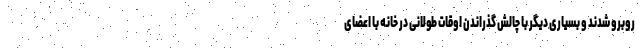
روبرو شدند و بسیاری دیگر با چالش گذراندن اوقات طولانی در خانه با اعضای